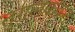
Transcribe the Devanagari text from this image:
तुगलकवंश